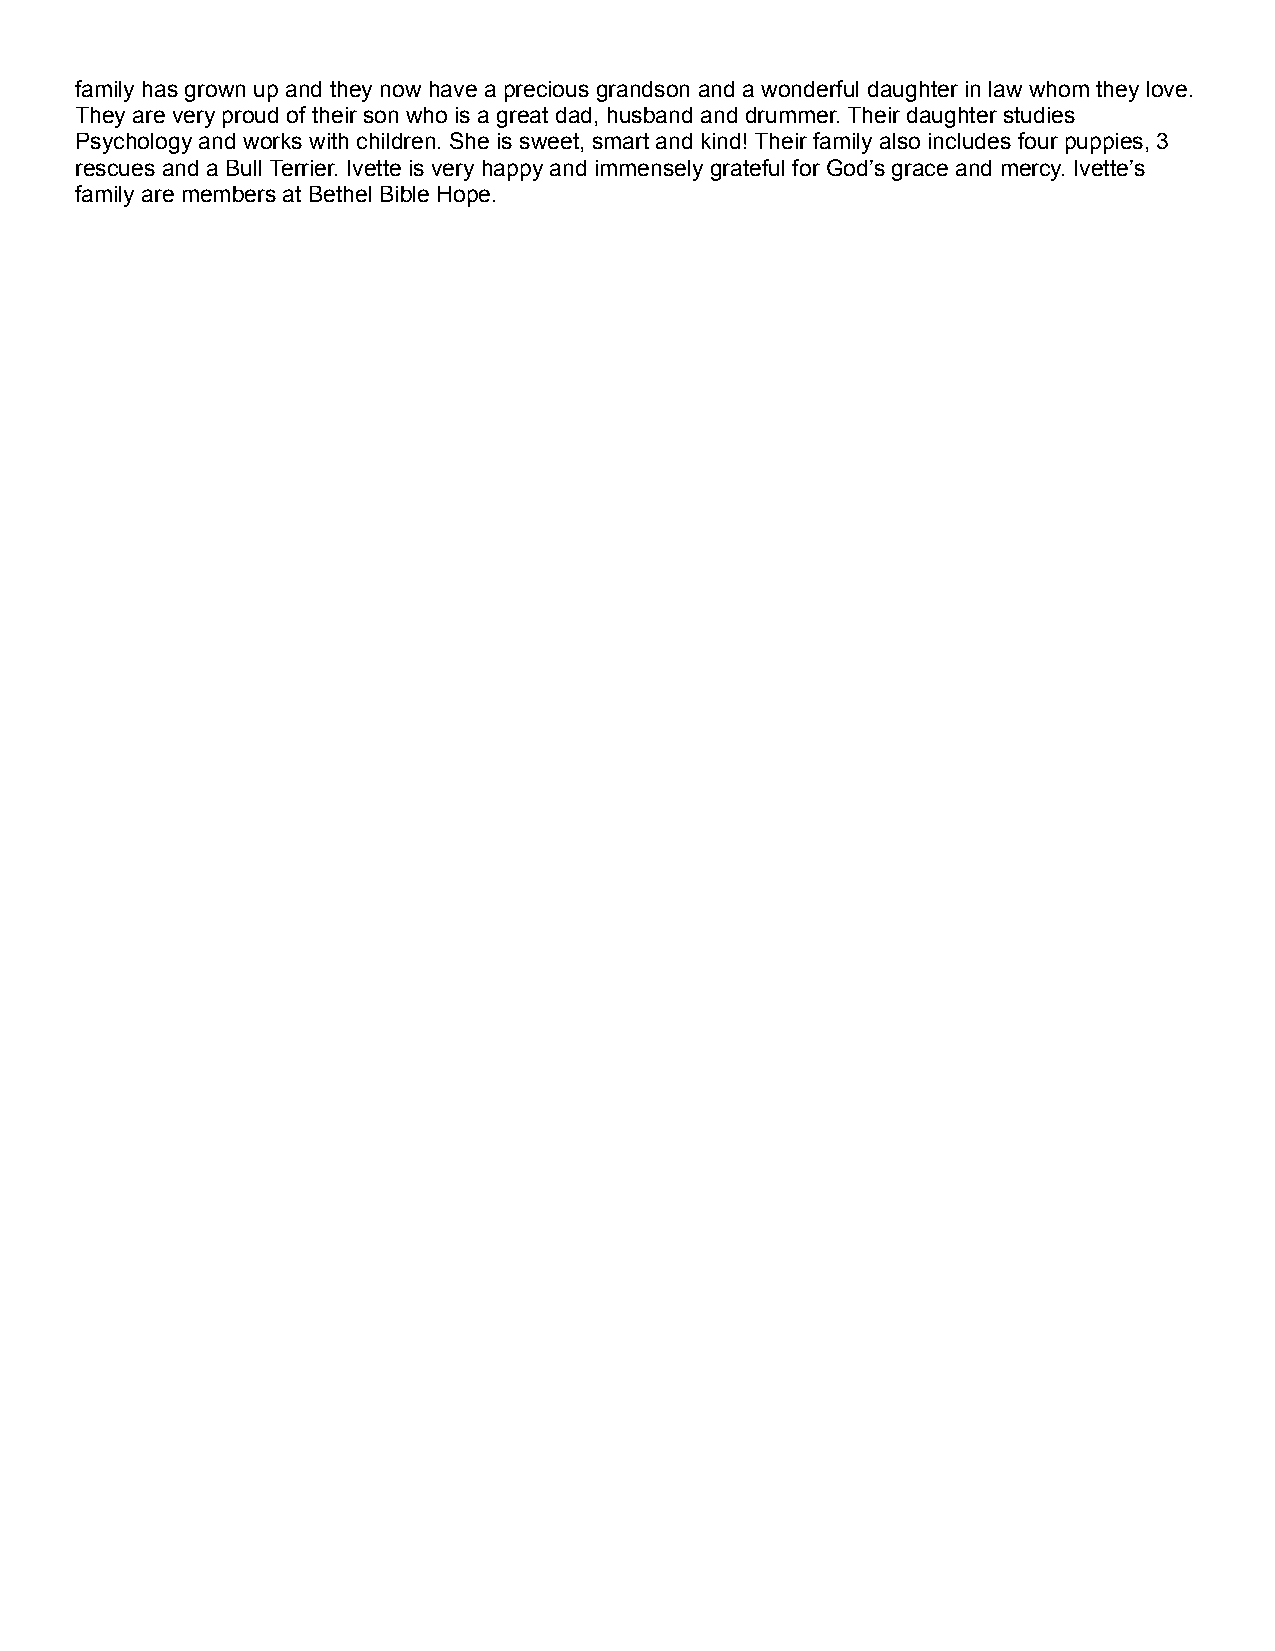
family has grown up and they now have a precious grandson and a wonderful daughter in law whom they love.
 They are very proud of their son who is a great dad, husband and drummer. Their daughter studies
 Psychology and works with children. She is sweet, smart and kind! Their family also includes four puppies, 3
 rescues and a Bull Terrier. Ivette is very happy and immensely grateful for God’s grace and mercy. Ivette’s
 family are members at Bethel Bible Hope.